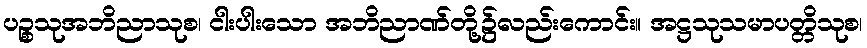
ပဉ္စသုအဘိညာသုစ၊ ငါးပါးသော အဘိညာဏ်တို့၌လည်းကောင်း။ အဋ္ဌသုသမာပတ္တိသုစ၊